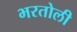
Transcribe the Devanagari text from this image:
भरतोली